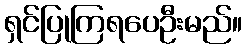
ရှင်ပြုကြရပေဦးမည်။